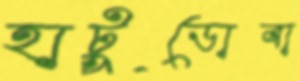
হাটুডোবা